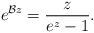
LaTeX: \begin{align*}e^{\mathcal{B}z} = \frac{z}{e^{z}-1}.\end{align*}